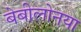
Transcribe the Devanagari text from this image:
बेबीलोनया